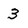
Character: 3